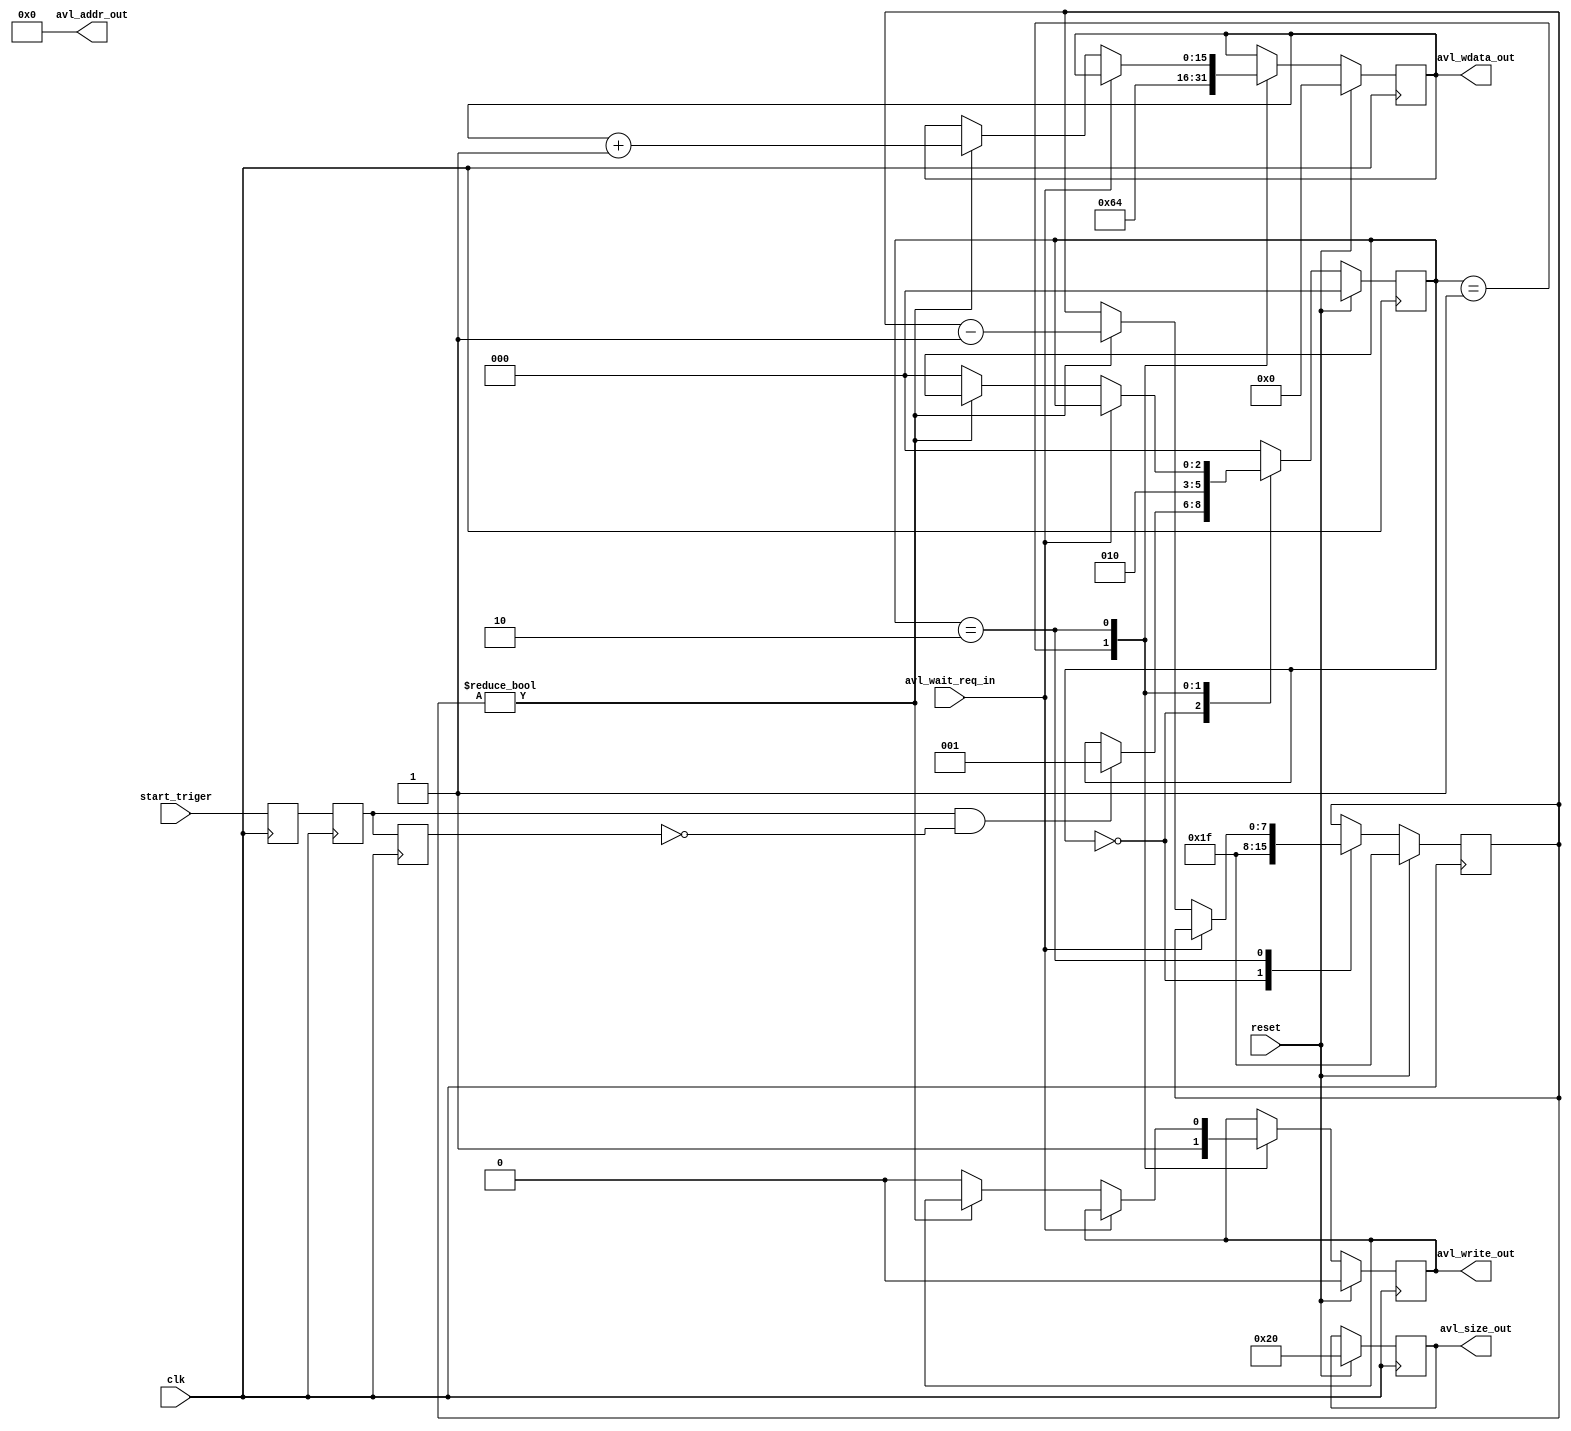
`default_nettype none

  module avm_write_control
    (
     input wire 	  clk,
     input wire 	  reset,

     input wire 	  start_triger,
     //avl interface
     input wire 	  avl_wait_req_in,

     output wire 	  avl_write_out,
     output wire [15: 0] avl_wdata_out,
     output wire [7: 0]   avl_size_out,
     output wire [24: 0]  avl_addr_out



     );

   localparam BURST_SIZE = 8'd32;
   
   reg 			  start_meta;
   reg 			  start_1d;
   reg 			  start_2d;
   

   always @(posedge clk) begin
      start_meta <= start_triger;
      start_1d <= start_meta;
      start_2d <= start_1d;
   end

   wire det_posedge_start;
   assign det_posedge_start = start_1d & ~start_2d;


   localparam WR_READY = 3'd0;
   localparam WR_SET = 3'd1;
   localparam WR_EXE = 3'd2;
   

   reg [15: 0] wdata;
   
   
   reg [2: 0] 	wseq_state;
   reg 		avl_write_reg;
   reg [7: 0] 	avl_size_reg;

   reg [7: 0] 	burst_cnt_internal;
   
   
   always @(posedge clk) begin

      if (reset) begin
	 wseq_state <= WR_READY;
	 
	 avl_write_reg <= 1'b0;
	 wdata <= 0;
	 burst_cnt_internal <= BURST_SIZE - 1'b1;
	 avl_size_reg <= BURST_SIZE;
	 
      end
      else begin

	 case (wseq_state)

	   WR_READY: begin

	      burst_cnt_internal <= BURST_SIZE - 1'b1;

	      if (det_posedge_start) begin
		 wseq_state <= WR_SET;
	      end
	   end

	   WR_SET: begin

    	      avl_write_reg <= 1'b1;
	      wdata <= 16'd100;
	      
	      wseq_state <= WR_EXE;
	   end

	   WR_EXE : begin

	      if (avl_wait_req_in == 1'b0) begin
		 if (burst_cnt_internal != 7'd0) begin
		    burst_cnt_internal <= burst_cnt_internal -1'd1;

		    wdata <= wdata + 1'b1;
		 end
		 else begin
		    wseq_state <= WR_READY;
		    avl_write_reg <= 1'b0;
		 end
              end
	   end
	   
	   default : wseq_state <= WR_READY;
	   
	 endcase
      end

   end


   //output assign
   assign avl_write_out = avl_write_reg;
   assign avl_size_out = avl_size_reg;
   assign avl_wdata_out = wdata;

   assign avl_addr_out = 25'd0;
   
   
endmodule


`default_nettype wire